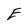
Character: E